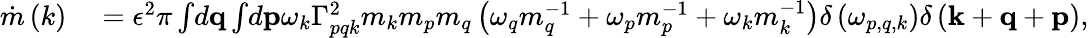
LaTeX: \begin{array}{rl}{\dot{m}\left(k\right)}&{{}=\epsilon^{2}\pi\int\! d\mathbf{q}\int\! d\mathbf{p}\omega_{k}\Gamma_{pqk}^{2}m_{k}m_{p}m_{q}\left(\omega_{q}m_{q}^{-1}+\omega_{p}m_{p}^{-1}+\omega_{k}m_{k}^{-1}\right)\delta\left(\omega_{p,q,k}\right)\delta\left(\mathbf{k}+\mathbf{q}+\mathbf{p}\right),}\end{array}